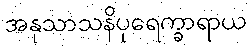
အနုသာသနိပုရေက္ခာရာယ